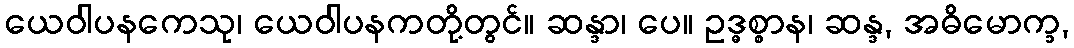
ယေဝါပနကေသု၊ ယေဝါပနကတို့တွင်။ ဆန္ဒာ၊ ပေ။ ဥဒ္ဓစ္စာန၊ ဆန္ဒ, အဓိမောက္ခ,